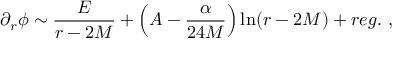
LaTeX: \partial _ { r } \phi \sim \frac { E } { r - 2 M } + \left( A - \frac { \alpha } { 2 4 M } \right) \ln ( r - 2 M ) + r e g . \ ,